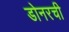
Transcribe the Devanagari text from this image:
डोनरची